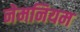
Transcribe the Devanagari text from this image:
नेमनियम